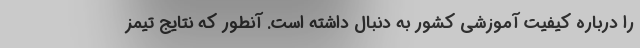
را درباره کیفیت آموزشی کشور به دنبال داشته است. آنطور که نتایج تیمز